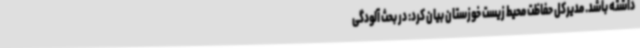
داشته باشد. مدیرکل حفاظت محیط زیست خوزستان بیان کرد: در بحث آلودگی